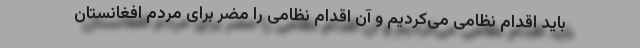
باید اقدام نظامی می‌کردیم و آن اقدام نظامی را مضر برای مردم افغانستان